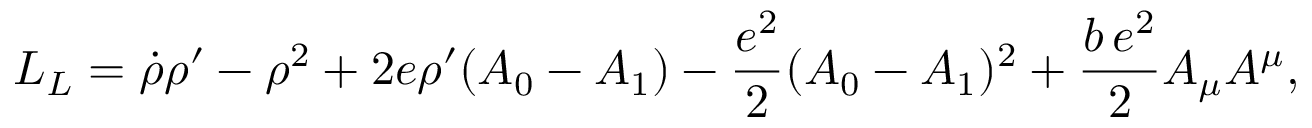
{ \cal L } _ { L } = \dot { \rho } \rho ^ { \prime } - \rho ^ { 2 } + 2 e \rho ^ { \prime } ( A _ { 0 } - A _ { 1 } ) - { \frac { e ^ { 2 } } { 2 } } ( A _ { 0 } - A _ { 1 } ) ^ { 2 } + \frac { b \, e ^ { 2 } } { 2 } A _ { \mu } A ^ { \mu } ,